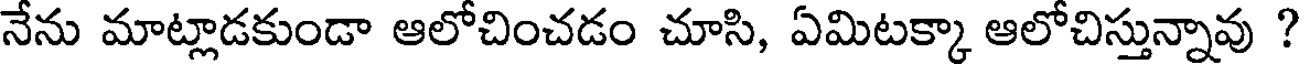
నేను మాట్లాడకుండా ఆలోచించడం చూసి, ఏమిటక్కా ఆలోచిస్తున్నావు ?